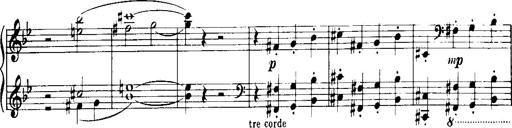
Title: Historische ungarische Bildnisse
Composer: Franz Liszt